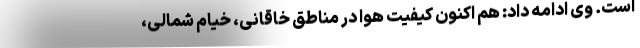
است. وی ادامه داد: هم اکنون کیفیت هوا در مناطق خاقانی، خیام شمالی،